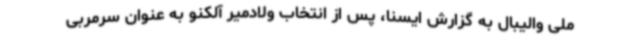
ملی والیبال به گزارش ایسنا، پس از انتخاب ولادمیر آلکنو به عنوان سرمربی